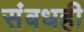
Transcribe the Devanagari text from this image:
संबधही